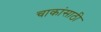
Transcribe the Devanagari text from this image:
चाकांसाठी